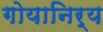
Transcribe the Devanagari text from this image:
गोयानिर्य